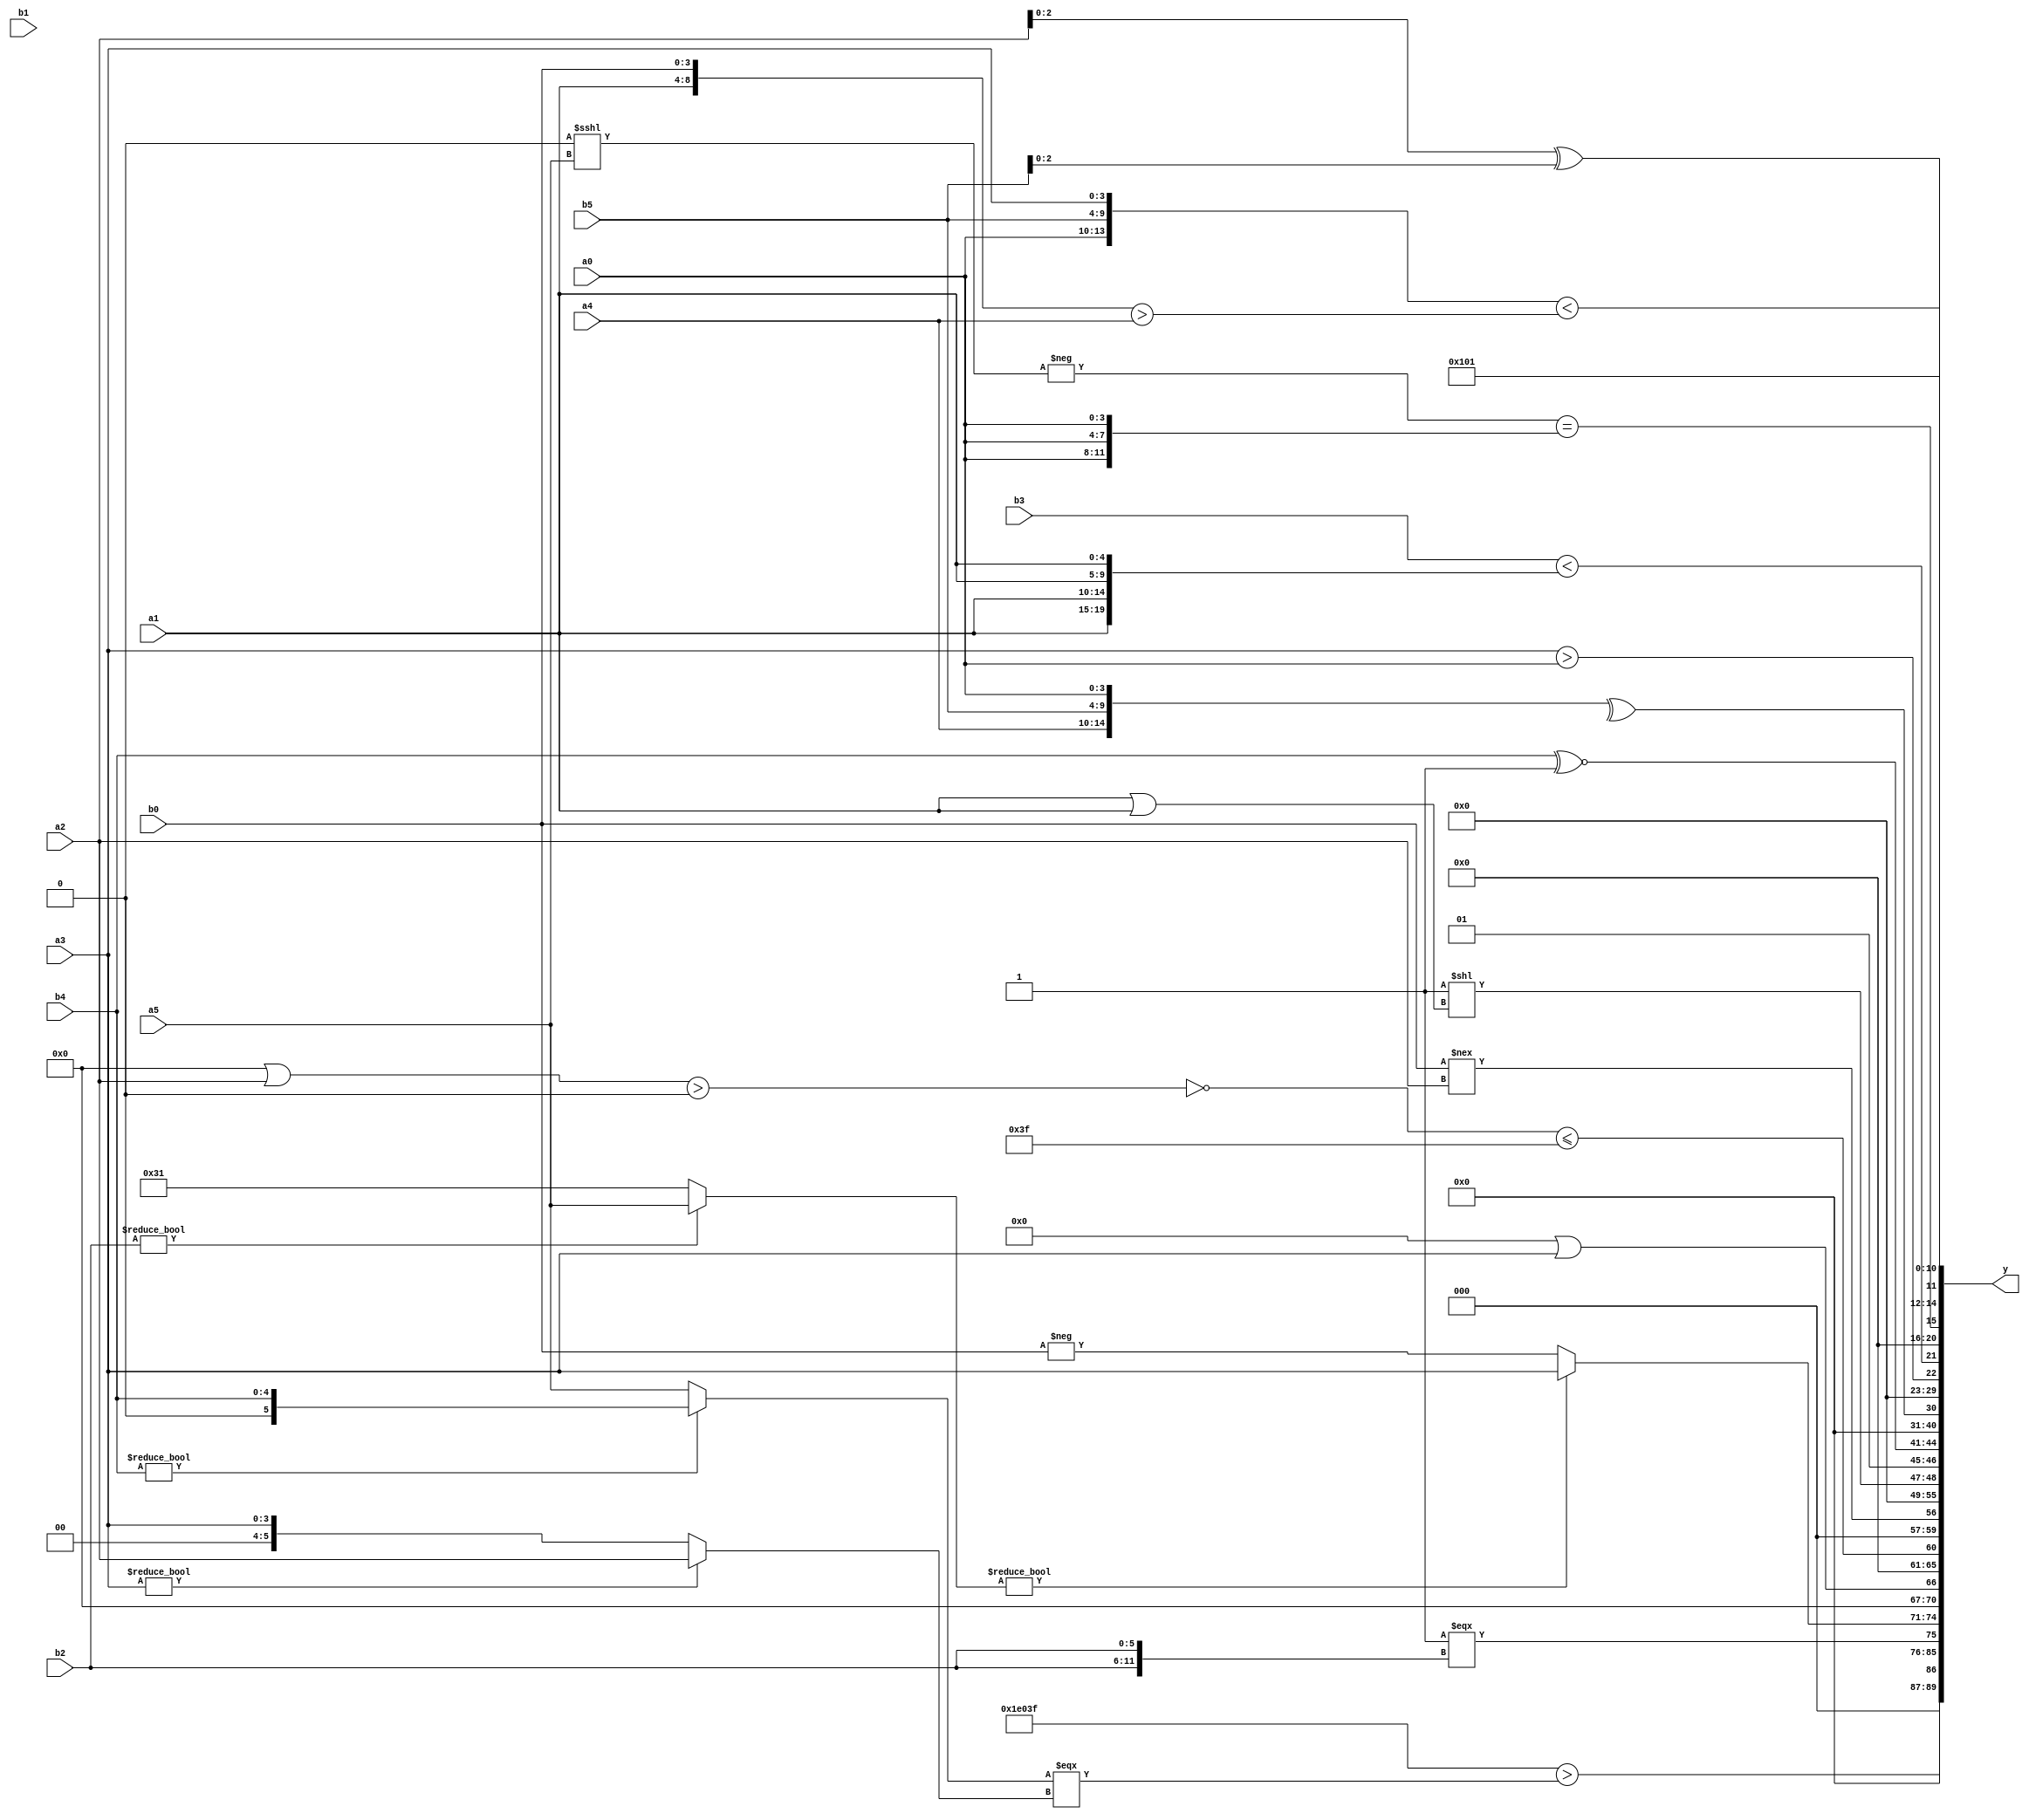
module expression_00237(a0, a1, a2, a3, a4, a5, b0, b1, b2, b3, b4, b5, y);
  input [3:0] a0;
  input [4:0] a1;
  input [5:0] a2;
  input signed [3:0] a3;
  input signed [4:0] a4;
  input signed [5:0] a5;

  input [3:0] b0;
  input [4:0] b1;
  input [5:0] b2;
  input signed [3:0] b3;
  input signed [4:0] b4;
  input signed [5:0] b5;

  wire [3:0] y0;
  wire [4:0] y1;
  wire [5:0] y2;
  wire signed [3:0] y3;
  wire signed [4:0] y4;
  wire signed [5:0] y5;
  wire [3:0] y6;
  wire [4:0] y7;
  wire [5:0] y8;
  wire signed [3:0] y9;
  wire signed [4:0] y10;
  wire signed [5:0] y11;
  wire [3:0] y12;
  wire [4:0] y13;
  wire [5:0] y14;
  wire signed [3:0] y15;
  wire signed [4:0] y16;
  wire signed [5:0] y17;

  output [89:0] y;
  assign y = {y0,y1,y2,y3,y4,y5,y6,y7,y8,y9,y10,y11,y12,y13,y14,y15,y16,y17};

  localparam [3:0] p0 = ((5'd0)?(3'd0):(-2'sd1));
  localparam [4:0] p1 = (-4'sd2);
  localparam [5:0] p2 = (({((5'd31)>=(5'd27))}^~{2{(2'd3)}})<<(((-3'sd1)<<<(3'sd3))===((5'sd7)>>(3'd5))));
  localparam signed [3:0] p3 = {4{(-2'sd0)}};
  localparam signed [4:0] p4 = (((-4'sd6)?(5'sd1):(4'd15))?(((5'd17)?(-2'sd0):(-4'sd4))|((4'd2)?(-5'sd15):(2'd1))):(-(&((3'd5)==(4'd9)))));
  localparam signed [5:0] p5 = {1{(-2'sd0)}};
  localparam [3:0] p6 = ((2'd1)!==(3'd0));
  localparam [4:0] p7 = (5'd2 * (3'd3));
  localparam [5:0] p8 = (-2'sd1);
  localparam signed [3:0] p9 = {1{(!((((2'sd0)^(-4'sd1))||((2'sd1)<=(4'd5)))!=(((5'd9)^(3'sd2))=={4{(4'sd2)}})))}};
  localparam signed [4:0] p10 = (~|(-2'sd1));
  localparam signed [5:0] p11 = ((5'sd0)<=(3'd2));
  localparam [3:0] p12 = ((!(((4'd11)<=(3'sd3))+(~&(~^(-2'sd0)))))<<((+((5'd17)<<(3'sd0)))%(4'd6)));
  localparam [4:0] p13 = (((5'd31)===(-3'sd3))<<<((-3'sd1)>>>(-3'sd1)));
  localparam [5:0] p14 = ({3{{(3'd2)}}}?{3{(!(-2'sd0))}}:(~&((4'd7)?(5'sd9):(5'd26))));
  localparam signed [3:0] p15 = {1{{{4{(-5'sd15)}}}}};
  localparam signed [4:0] p16 = (((5'd2 * (5'd19))|(6'd2 * (3'd4)))&&(((-3'sd1)^~(3'd3))===(6'd2 * (3'd5))));
  localparam signed [5:0] p17 = {1{{3{((|(2'sd1))>=((5'd29)>>(4'sd6)))}}}};

  assign y0 = ({(p8?p1:p1),(6'd2 * p12),(p14?p8:p13)}>((b4?b4:a5)===(a3?a2:a3)));
  assign y1 = (~&(~|$signed((6'd2 * (^$unsigned(p1))))));
  assign y2 = ((a4===a4)==={2{b2}});
  assign y3 = ((b2?a5:p4)?{a2,b5,a3}:(-{b0,a3,b0}));
  assign y4 = (p5||a3);
  assign y5 = ((&($unsigned($unsigned(((+(~($signed((p9||a2))>(p3&p6))))<={{(-p15),(~&p16)},(~|(|(~|p1)))}))))));
  assign y6 = (b0!==a2);
  assign y7 = {p9};
  assign y8 = {{{((2'sd1)<(~|p3)),((2'd1)<<(a1|a1)),(-(~(2'd0)))}}};
  assign y9 = {4{(b4^~p6)}};
  assign y10 = (+($signed((~|(+(~|($unsigned((!(~^$signed((&$unsigned(((+p5)))))))))))))));
  assign y11 = (^{a4,b5,a0});
  assign y12 = (3'sd0);
  assign y13 = {(|{2{(a3>a0)}}),($unsigned(b3)<{4{a1}})};
  assign y14 = ((-(p16<<<a5))=={3{a0}});
  assign y15 = {{($unsigned({3{a2}})^{b3,p0,b5})},(({({a0,b5,a3})}<({a1,b0}>$signed(a4))))};
  assign y16 = (5'sd4);
  assign y17 = (p15?p6:p6);
endmodule